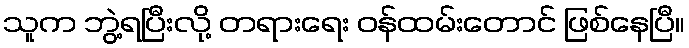
သူက ဘွဲ့ရပြီးလို့ တရားရေး ဝန်ထမ်းတောင် ဖြစ်နေပြီ။